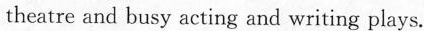
theatre and busy acting and writing plays.